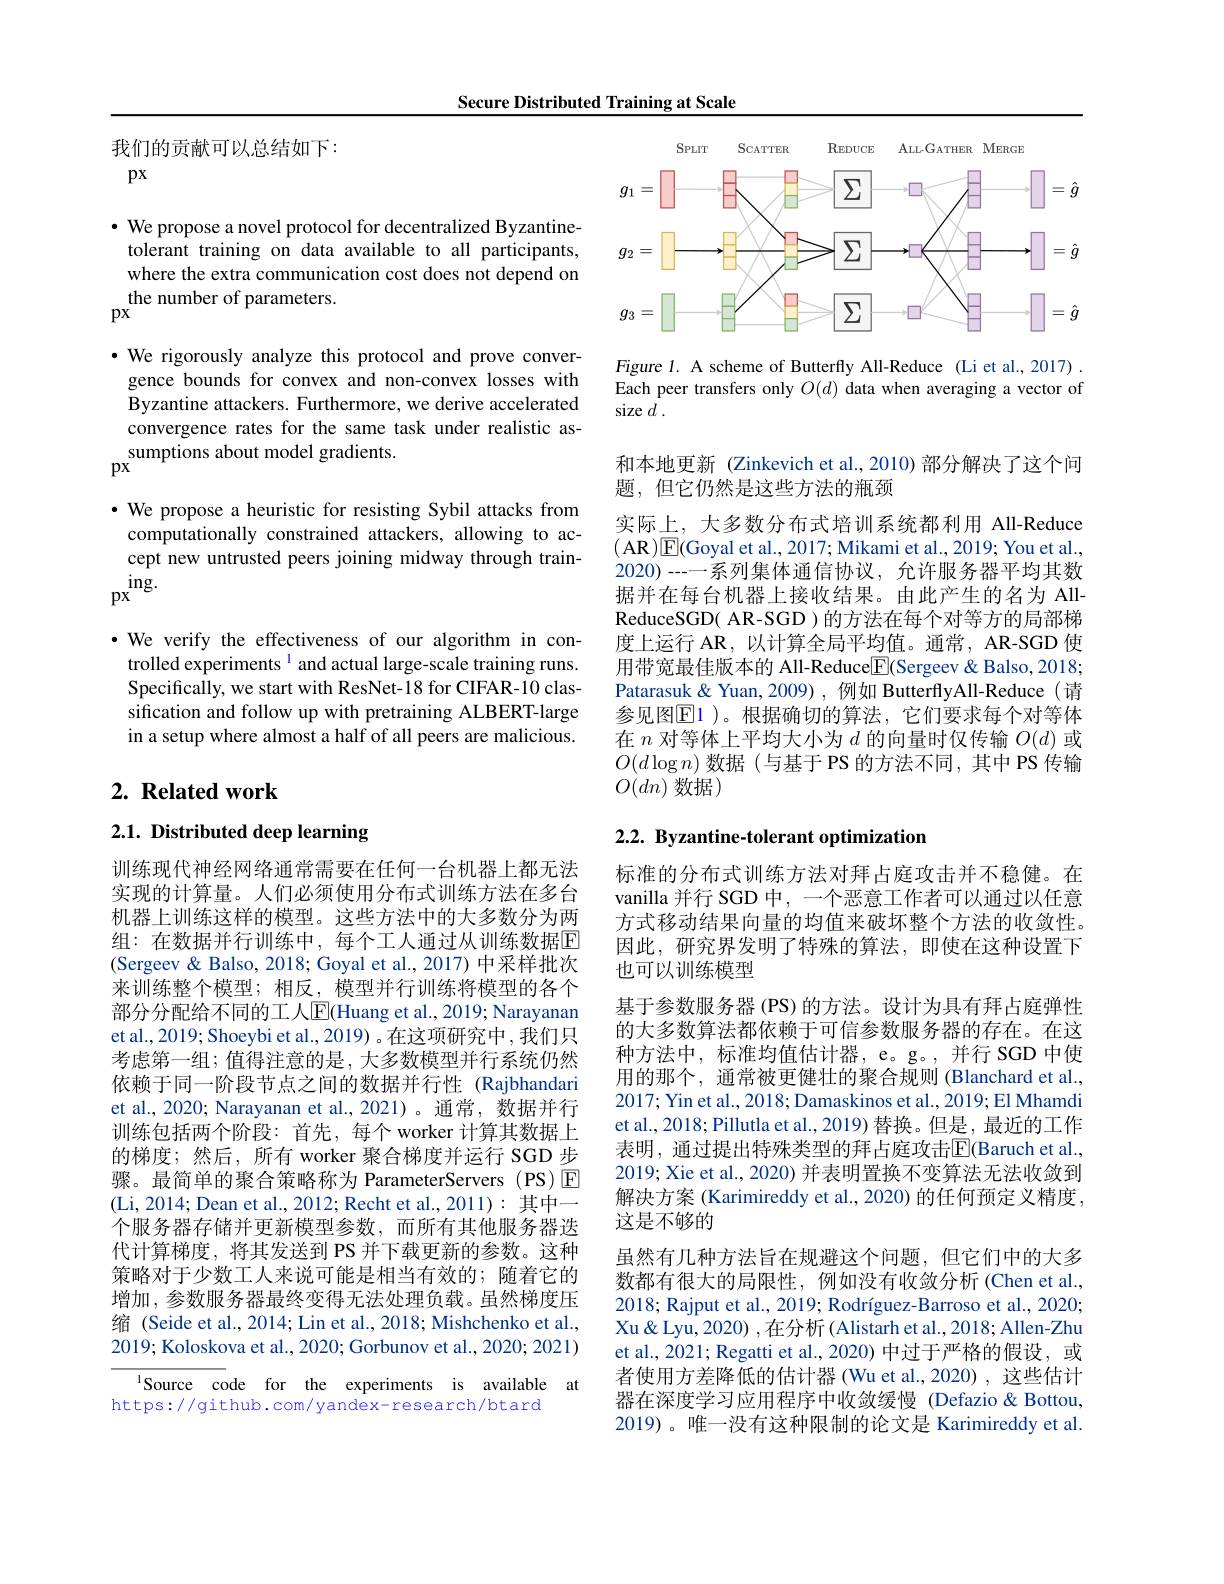
Secure Distributed Training at Scale

我们的贡献可以总结如下：

$px$

$\cdot$ We propose a novel protocol for decentralized Byzantinetolerant training on data available to all participants, where the extra communication cost does not depend on the number of parameters.
$px$

$\cdot$ We rigorously analyze this protocol and prove convergence bounds for convex and non-convex losses with Byzantine attackers. Furthermore, we derive accelerated convergence rates for the same task under realistic assumptions about model gradients.
$px$

$\cdot$ We propose a heuristic for resisting Sybil attacks from
computationally constrained attackers, allowing to accept new untrusted peers joining midway through train-
$\operatorname*{ing.}_{\mathrm{px}}$

·We verify the effectiveness of our algorithm in controlled experiments $^{1}$ and actual large-scale training runs. Specifically, we start with ResNet-18 for CIFAR-10 classification and follow up with pretraining ALBERT-large in a setup where almost a half of all peers are malicious.

# 2. Related work

2.1. Distributed deep learning

训练现代神经网络通常需要在任何一台机器上都无法实现的计算量。人们必须使用分布式训练方法在多台机器上训练这样的模型。这些方法中的大多数分为两组：在数据并行训练中，每个工人通过从训练数据$\overline{\mathrm{E}}$ (Sergeev & Balso, 2018; Goyal et al., 2017) 中采样批次来训练整个模型；相反，模型并行训练将模型的各个部分分配给不同的工人$\mathbb{E}($Huang et al.,2019; Narayanan et al., 2019; Shoeybi et al., 2019) 。在这项研究中，我们只考虑第一组；值得注意的是，大多数模型并行系统仍然依赖于同一阶段节点之间的数据并行性 (Rajbhandari et al., 2020; Narayanan et al., 2021)。通常，数据并行训练包括两个阶段：首先，每个 worker 计算其数据上的梯度；然后，所有 worker 聚合梯度并运行 SGD 步骤。最简单的聚合策略称为 ParameterServers (PS)E (Li, 2014; Dean et al., 2012; Recht et al., 2011): 其中一个服务器存储并更新模型参数，而所有其他服务器迭代计算梯度，将其发送到 PS 并下载更新的参数。这种策略对于少数工人来说可能是相当有效的；随着它的增加，参数服务器最终变得无法处理负载。虽然梯度压缩 (Seide et al., 2014; Lin et al., 2018; Mishchenko et al., 2019; Koloskova et al., 2020; Gorbunov et al., 2020; 2021)

Source code for the experiments is available at
https://github.com/yandex-research/btard

<FigureHere>

Figure 1. A scheme of Butterfly All-Reduce (Li et al.,2017) . Each peer transfers only $O(d)$ data when averaging a vector of size $d.$

和本地更新 (Zinkevich et al.,2010)部分解决了这个问
题，但它仍然是这些方法的瓶颈

实际上，大多数分布式培训系统都利用 All-Reduce (AR$)\underline{\mathrm{E}}($Goyal et al., 2017; Mikami et al., 2019; You et al., 2020)---系列集体通信协议，允许服务器平均其数据并在每台机器上接收结果。由此产生的名为 AllReduceSGD( AR-SGD ) 的方法在每个对等方的局部梯度上运行 AR , 以计算全局平均值。通常，AR-SGD 使用带宽最佳版本的 All-Reduce$\textcircled{\mathrm{E}}($Sergeev &Balso, 2018; Patarasuk& Yuan, 2009), 例如 ButterflyAll-Reduce(请参见图E1 )。根据确切的算法，它们要求每个对等体在$n$对等体上平均大小为$d$的向量时仅传输$O(d)$或$O(d\log n)$数据(与基于 PS 的方法不同，其中 PS 传输$O(dn)$ 数据)

## $2. 2. \textbf{Byzantine- tolerant optimization}$

标准的分布式训练方法对拜占庭攻击并不稳健。在vanilla 并行 SGD 中，一个恶意工作者可以通过以任意方式移动结果向量的均值来破坏整个方法的收敛性。因此，研究界发明了特殊的算法，即使在这种设置下也可以训练模型
基于参数服务器 (PS) 的方法。设计为具有拜占庭弹性的大多数算法都依赖于可信参数服务器的存在。在这种方法中，标准均值估计器，e。g。,并行 SGD 中使用的那个，通常被更健壮的聚合规则 (Blanchard et al., 2017; Yin et al., 2018; Damaskinos et al., 2019; El Mhamdi et al., 2018; Pillutla et al., 2019) 替换。但是，最近的工作表明，通过提出特殊类型的拜占庭攻击$\overline{\mathbb{E}}($Baruch et al. 2019; Xie et al., 2020) 并表明置换不变算法无法收敛到解决方案 (Karimireddy et al., 2020) 的任何预定义精度， 这是不够的
虽然有几种方法旨在规避这个问题，但它们中的大多数都有很大的局限性，例如没有收敛分析(Chen et al., 2018; Rajput et al., 2019; Rodríguez-Barroso et al., 2020; Xu& Lyu, 2020) , 在分析 (Alistarh et al., 2018; Allen-Zhu et al., 2021; Regatti et al., 2020) 中过于严格的假设，或者使用方差降低的估计器(Wu et al.,2020) ,这些估计器在深度学习应用程序中收敛缓慢 (Defazio&Bottou, 2019)。唯一没有这种限制的论文是 Karimireddy et al.